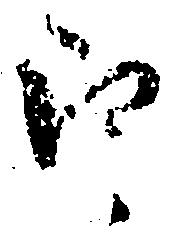
郎